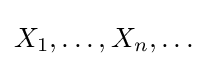
X_{1},\dots ,X_{n},\dots